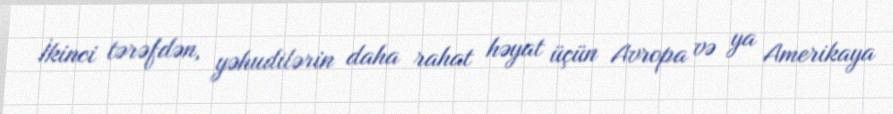
İkinci tərəfdən, yəhudilərin daha rahat həyat üçün Avropa və ya Amerikaya